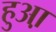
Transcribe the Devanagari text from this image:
हुआ़